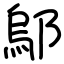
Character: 鄔